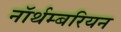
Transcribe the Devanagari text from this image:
नॉर्थम्बरियन